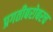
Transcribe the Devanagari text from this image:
प्रगतीबरोबरच